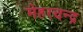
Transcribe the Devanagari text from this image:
मेहरचन्द्र